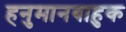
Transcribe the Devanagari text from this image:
हनुमानबाहुक